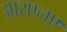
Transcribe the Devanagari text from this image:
आरएलए